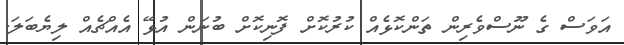
އަވަސް ގެ ނޫސްވެރިން ތަންކޮޅެއް ކުރުކޮށް ފޮނިކޮށް ބުނަން އުޅޭ އެއްޗެއް ލިޔެބަލަ.